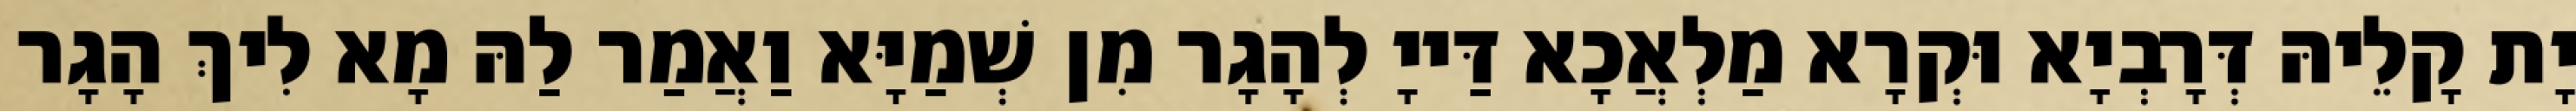
יָת קָלֵיהּ דְּרָבְיָא וּקְרָא מַלְאֲכָא דַּייָ לְהָגָר מִן שְׁמַיָּא וַאֲמַר לַהּ מָא לִיךְ הָגָר